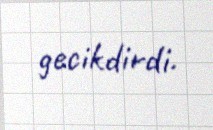
gecikdirdi.